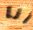
أنا